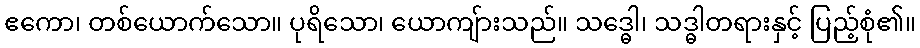
ဧကော၊ တစ်ယောက်သော။ ပုရိသော၊ ယောကျ်ားသည်။ သဒ္ဓေါ၊ သဒ္ဓါတရားနှင့် ပြည့်စုံ၏။